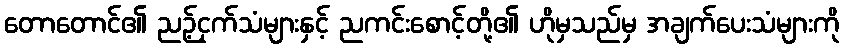
တောတောင်၏ ညဉ့်ငှက်သံများနှင့် ညကင်းစောင့်တို့၏ ဟိုမှသည်မှ အချက်ပေးသံများကို